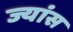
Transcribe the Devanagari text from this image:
ज्यांस